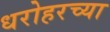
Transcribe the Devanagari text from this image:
धरोहरच्या